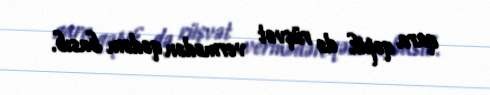
qara qəpik də rüşvət vermədən qədəm basıb.